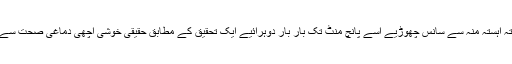
پانچ تک گنتی کرتے ہوئے ناک سے گہری سانس کھینچیےاب پانچ تک گنتی کرتے ہوئے آہستہ آہستہ منہ سے سانس چھوڑیے اسے پانچ منٹ تک بار بار دوہرائیے ایک تحقیق کے مطابق حقیقی خوشی اچھی دماغی صحت سے ملتی ہےایک اور ضروری بات یہ کہ اپنی نیند کو کسی بھی حالت میں متاثر نہ ہونے دیجیے۔